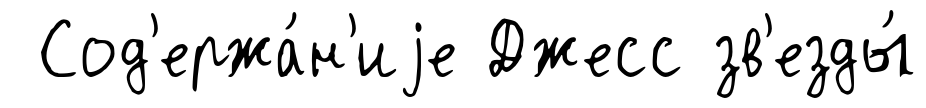
Сод'ержа́н'иjе Джесс зв'езды́